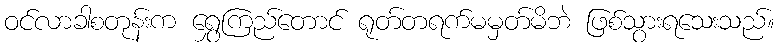
ဝင်လာခါစတုန်းက ရွှေကြည်တောင် ရုတ်တရက်မမှတ်မိဘဲ ဖြစ်သွားရသေးသည်။